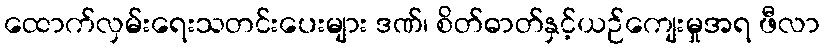
ထောက်လှမ်းရေးသတင်းပေးများ ဒဏ်၊ စိတ်ဓာတ်နှင့်ယဉ်ကျေးမှုအရ ဖီလာ